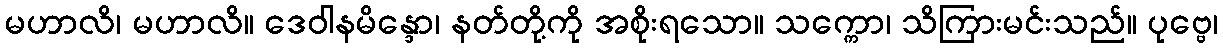
မဟာလိ၊ မဟာလိ။ ဒေဝါနမိန္ဒော၊ နတ်တို့ကို အစိုးရသော။ သက္ကော၊ သိကြားမင်းသည်။ ပုဗ္ဗေ၊